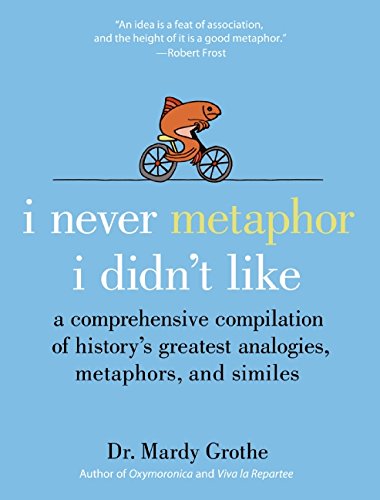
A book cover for I Never Metaphor I Didn't Like: A Comprehensive Compilation of History's Greatest Analogies, Metaphors, and Similes; Mardy Grothe; Reference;